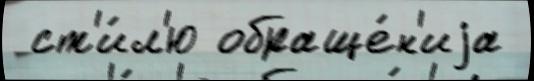
 ст'и́л'ю обраще́н'иjа